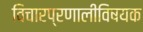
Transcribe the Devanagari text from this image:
विचारप्रणालीविषयक